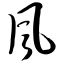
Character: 风